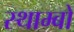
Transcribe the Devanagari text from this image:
स्थाम्बो